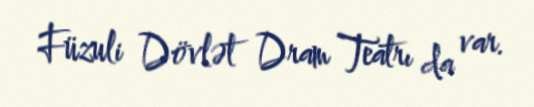
Füzuli Dövlət Dram Teatrı da var.